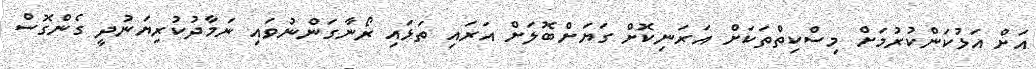
އަށް އަޅުކަންކުރުމަށް މިސްކިތްތަކަށް އަރަނިކޮށް ގަޔަށްބޮލަށް އަރައި ތަޅައި ރޯނާގަންނުވައި ނަމާދުކުރިޔަނުދީ ގެންގޮސް